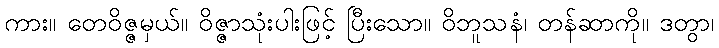
ကား။ တေဝိဇ္ဇမှယ်။ ဝိဇ္ဇာသုံးပါးဖြင့် ပြီးသော။ ဝိဘူသနံ၊ တန်ဆာကို။ ဒတွာ၊